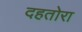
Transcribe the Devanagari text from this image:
दहतोरा